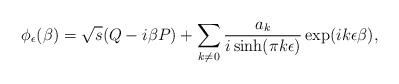
LaTeX: \begin{align*}\phi_\epsilon(\beta )={\sqrt{s}}(Q-i\beta P)+\sum\limits_{k\neq 0}{a_k\over i\sinh (\pi k\epsilon )}\exp (ik\epsilon\beta),\end{align*}